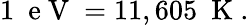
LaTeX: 1~\mathrm{~e~V~}=11,605~\mathrm{~K~}.